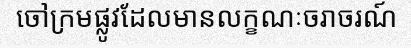
ចៅក្រមផ្លូវដែលមានលក្ខណៈចរាចរណ៍